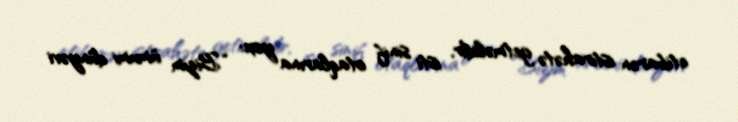
etibarən istirahətə getməlidir, isti sinif otaqlarına yox: “Bizim ümumi dünyəvi